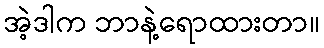
အဲ့ဒါက ဘာနဲ့ရောထားတာ။